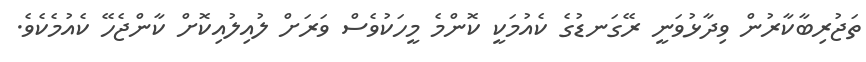
ތަޖުރިބާކާރުން ވިދާޅުވަނީ ރޭގަނޑުގެ ކެއުމަކީ ކޮންމެ މީހަކުވެސް ވަރަށް ލުއިލުއިކޮށް ކާންޖެހޭ ކެއުމެކެވެ.